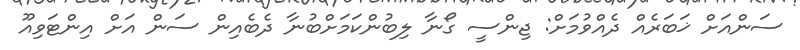
ސަންއަށް ޚަބަރެއް ދެއްވުމަށް: ޖިންސީ ގޯނާ ލިބުންކަމަށްބުނާ ދެބެއިން ސަން އަށް އިންޓަވިއޫ